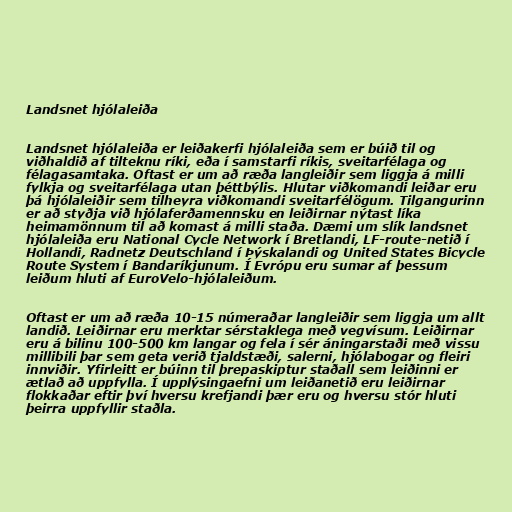
Landsnet hjólaleiða

Landsnet hjólaleiða er leiðakerfi hjólaleiða sem er búið til og
viðhaldið af tilteknu ríki, eða í samstarfi ríkis, sveitarfélaga og
félagasamtaka. Oftast er um að ræða langleiðir sem liggja á milli
fylkja og sveitarfélaga utan þéttbýlis. Hlutar viðkomandi leiðar eru
þá hjólaleiðir sem tilheyra viðkomandi sveitarfélögum. Tilgangurinn
er að styðja við hjólaferðamennsku en leiðirnar nýtast líka
heimamönnum til að komast á milli staða. Dæmi um slík landsnet
hjólaleiða eru National Cycle Network í Bretlandi, LF-route-netið í
Hollandi, Radnetz Deutschland í Þýskalandi og United States Bicycle
Route System í Bandaríkjunum. Í Evrópu eru sumar af þessum
leiðum hluti af EuroVelo-hjólaleiðum.

Oftast er um að ræða 10-15 númeraðar langleiðir sem liggja um allt
landið. Leiðirnar eru merktar sérstaklega með vegvísum. Leiðirnar
eru á bilinu 100-500 km langar og fela í sér áningarstaði með vissu
millibili þar sem geta verið tjaldstæði, salerni, hjólabogar og fleiri
innviðir. Yfirleitt er búinn til þrepaskiptur staðall sem leiðinni er
ætlað að uppfylla. Í upplýsingaefni um leiðanetið eru leiðirnar
flokkaðar eftir því hversu krefjandi þær eru og hversu stór hluti
þeirra uppfyllir staðla.